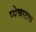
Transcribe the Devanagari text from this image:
प्येचाटलं